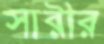
সারীর